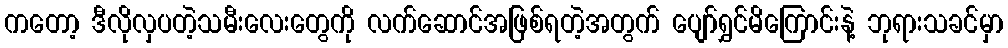
ကတော့ ဒီလိုလှပတဲ့သမီးလေးတွေကို လက်ဆောင်အဖြစ်ရတဲ့အတွက် ပျော်ရွှင်မိကြောင်းနဲ့ ဘုရားသခင်မှာ